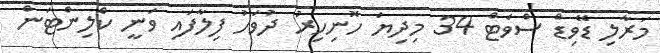
މަރާލި ޑޭވިޑް ސްވެޓް 34 މިދިޔަ ހޮނިހިރު ދުވަހު ފިލާފައި ވަނީ ކްލިންޓަން